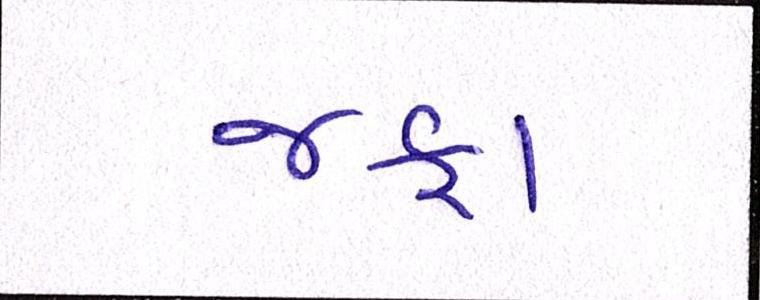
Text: જફા